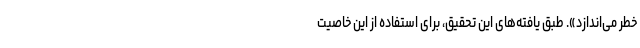
خطر می‌اندازد». طبق یافته‌های این تحقیق، برای استفاده از این خاصیت